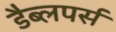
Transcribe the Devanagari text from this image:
डैब्लपर्स